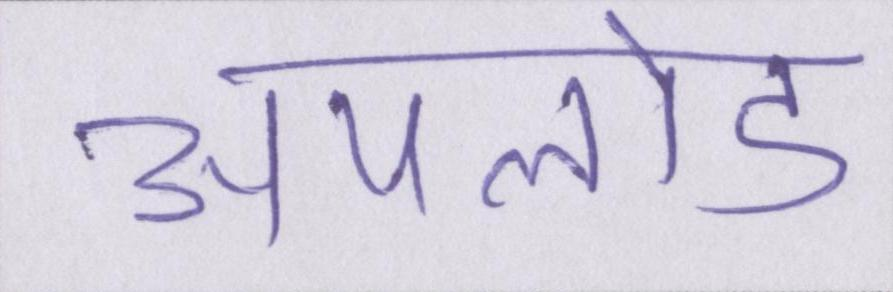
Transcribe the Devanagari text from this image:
अपलोड